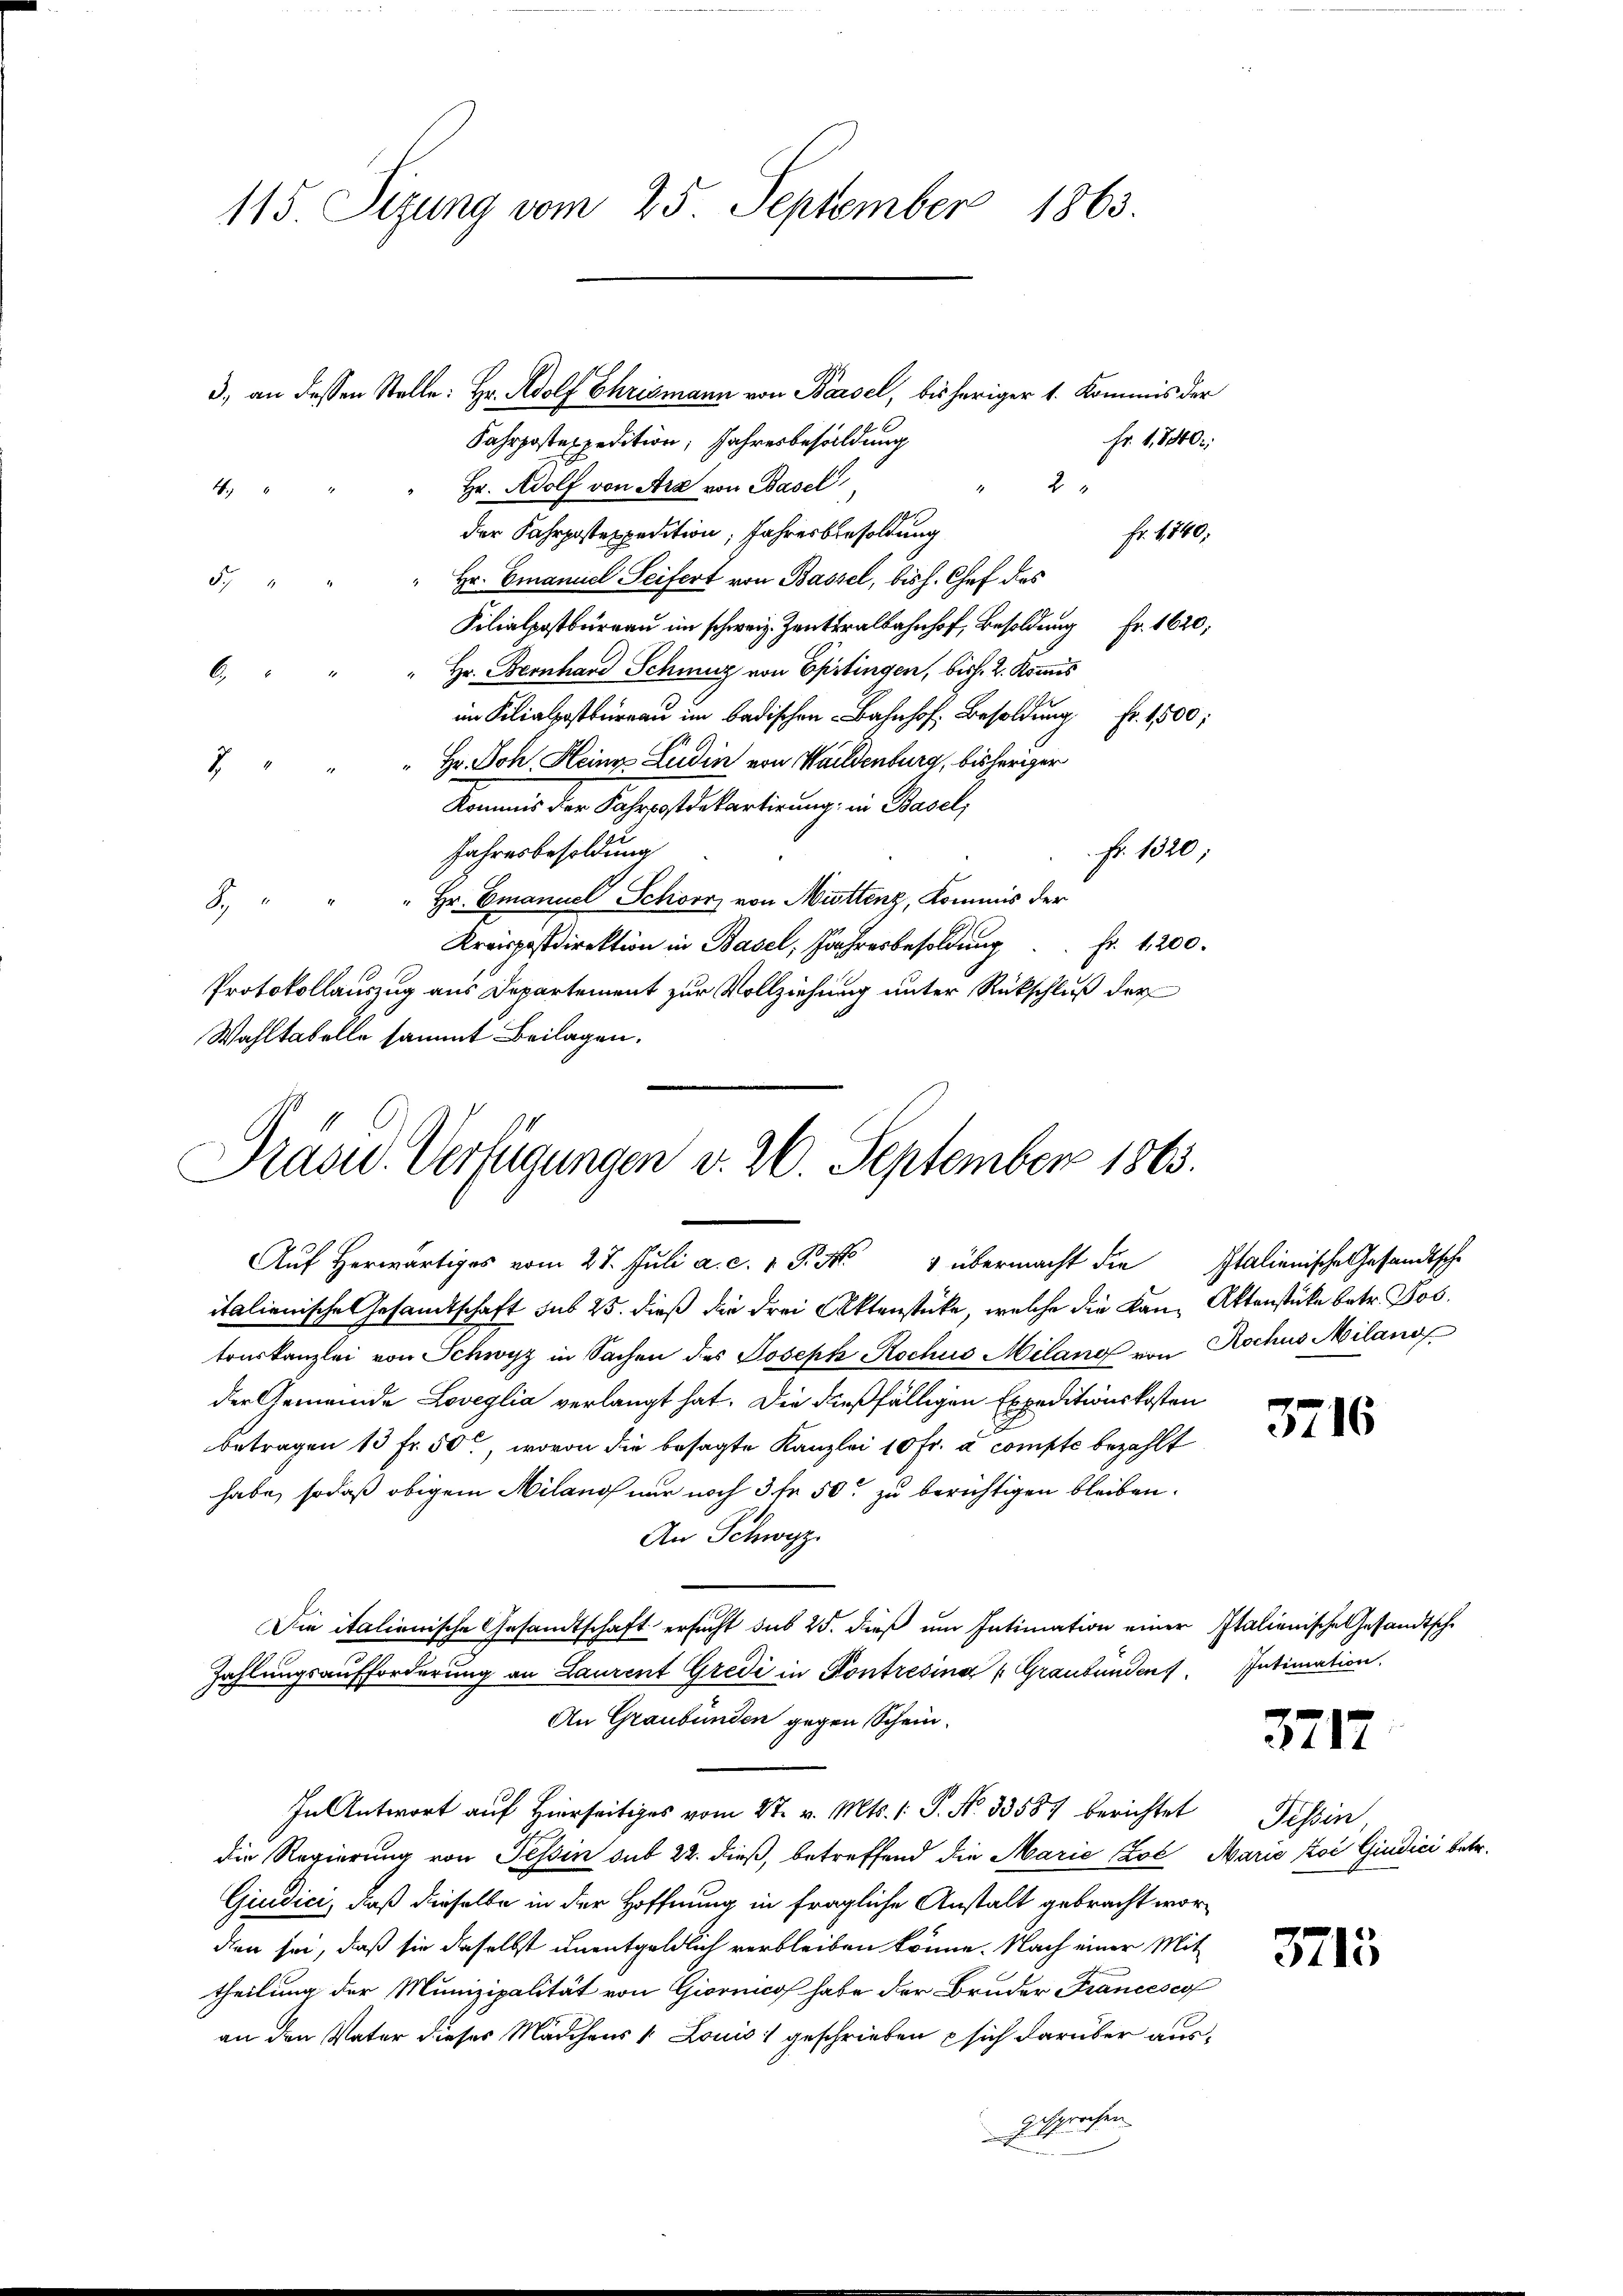
115. Sizung vom 25. September 1863.

Fr. 1840;
Fahrpostexpedition, Jahresbesoldung
2
Hr. Adolf von Arz von Basel
4
der Fahrpostexpedition, Jahresbesoldung
Fr. 1740:
" Hr. Emanuel Seifert von Bassel, bish. Chef des
Sch
Silialpostbureau im schweiz. Zentralbahnhof, Besoldung Fr. 1620;
" Hr. Bernhard Schmuz von Epitingen, bish. 2. Kommis
ischen Besoldung Fr. 1500
Hr. Joh Heinz Ludin von Waldenburg, bisheriger
Kommis der Fahrpostdepartirung; in Basel,
Jahresbesoldung
Fr. 1320;
Hr. Emanuel Schörri von Muttenz, Kommis der
H
Fr. 1200.
Kreispostdirektion in Basel, Jahresbesoldung
Protokollauszug aus Departement zur Vollziehung unter Rückschluß der
Wahltabelle sammt Beilagen.

Prasid. Verfügungen v. 26. September 1863.
Aŭf herwärtiges vom 27. Jŭli a. c. v. P. M. übermacht die Italienische Gesandtsche

3., an dessen Stelle: Hr. Adolf Chrismann von Basel, bisheriger 1. Kommis der

italienische Gesandtschaft sub 25. dieß die drei Aktenstücke, welche die Kan Aktenstücke betr. Jos.
truskanzlei von Schwyz in Sachen des Joseph Rochus Miland von Rochus Milano
der Gemeinde Loveglia verlangt hat. Die dießfälligen Expeditionskosten
betragen 13 Fr. 50, wovon die besagte Kanzlei 10 Fr. a compte bezahlt
habe, sodaß obigem Milano nur noch 3 fr. 50. zu berichtigen bleiben.
An Schwyz
Die italienische Gesandtschaft ersucht sub 25. dieß um Intimation einer Italienische Gesandtsche
Zahlungsaufforderung an Laurent Gredi in Kontresina   Graubünden Intimation.
An Graubünden gegen Schein-
In Antwort auf hierseits vom 27. v. Mts. 1 S. Nr. 33587 berichtet
die Regierung von Tessin sub 22. dieß, betreffend die Marie (Zol Marić Zoi Giudici betr.
Giudici, daß dieselbe in der Hoffnung in fragliche Anstalt gebracht wordien sei, daß sie daselbst unentgeldlich verbleiben könne. Nach einer Mit
theilung der Munizipalität von Giornicof habe der Bruder Francesco
an den Vater dieses Mädchens & Louis geschrieben sich darüber ausgesprochen

3716

3712

Tessin

3713